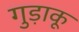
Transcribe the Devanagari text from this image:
गुड़ाकू